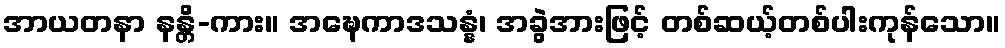
အာယတနာ နန္တိ-ကား။ အဍ္ဎေကာဒသန္နံ၊ အခွဲအားဖြင့် တစ်ဆယ့်တစ်ပါးကုန်သော။